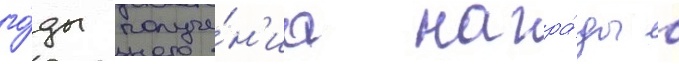
го́ды получе́н'иа награ́ды в